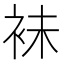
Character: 𧙕